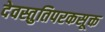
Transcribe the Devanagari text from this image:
देवस्तुतिपरकसूक्त